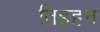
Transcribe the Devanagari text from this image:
तिहहन